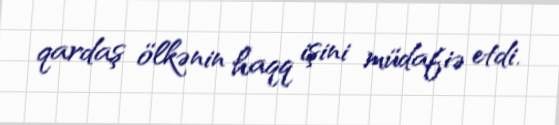
qardaş ölkənin haqq işini müdafiə etdi.